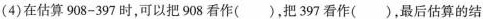
(4)在估算908-397时，可以把908看作( )，把397看作( )，最后估算的结